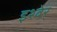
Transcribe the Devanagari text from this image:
इश्वेर्